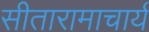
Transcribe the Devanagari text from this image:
सीतारामाचार्य